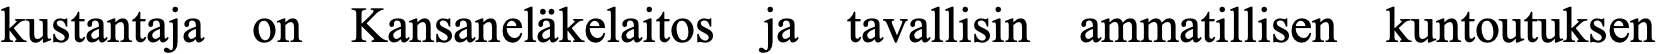
kustantaja on Kansaneläkelaitos ja tavallisin ammatillisen kuntoutuksen